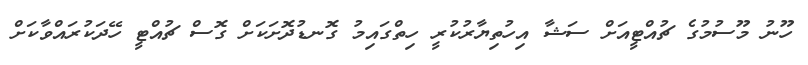
ހޫނު މޫސުމުގެ ޗުއްޓީއަށް ސަޝާ އިހުތިޔާރުކުރީ ހިތްގައިމު ގޮނޑުދޮށަކަށް ގޮސް ޗުއްޓީ ހޭދަކުރައްވާކަށް